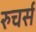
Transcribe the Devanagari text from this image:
रुचर्स